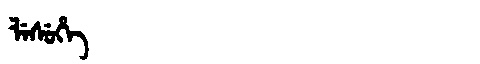
Manchu: ᠯᡝᠰᡠᡥᡝ
Romanization: LESUHE